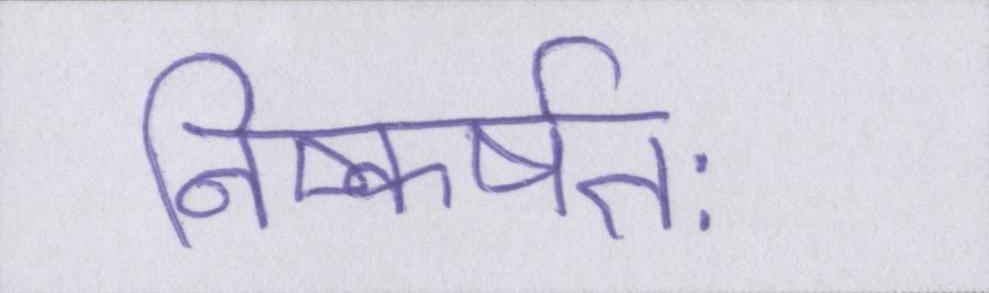
निष्कर्षतः